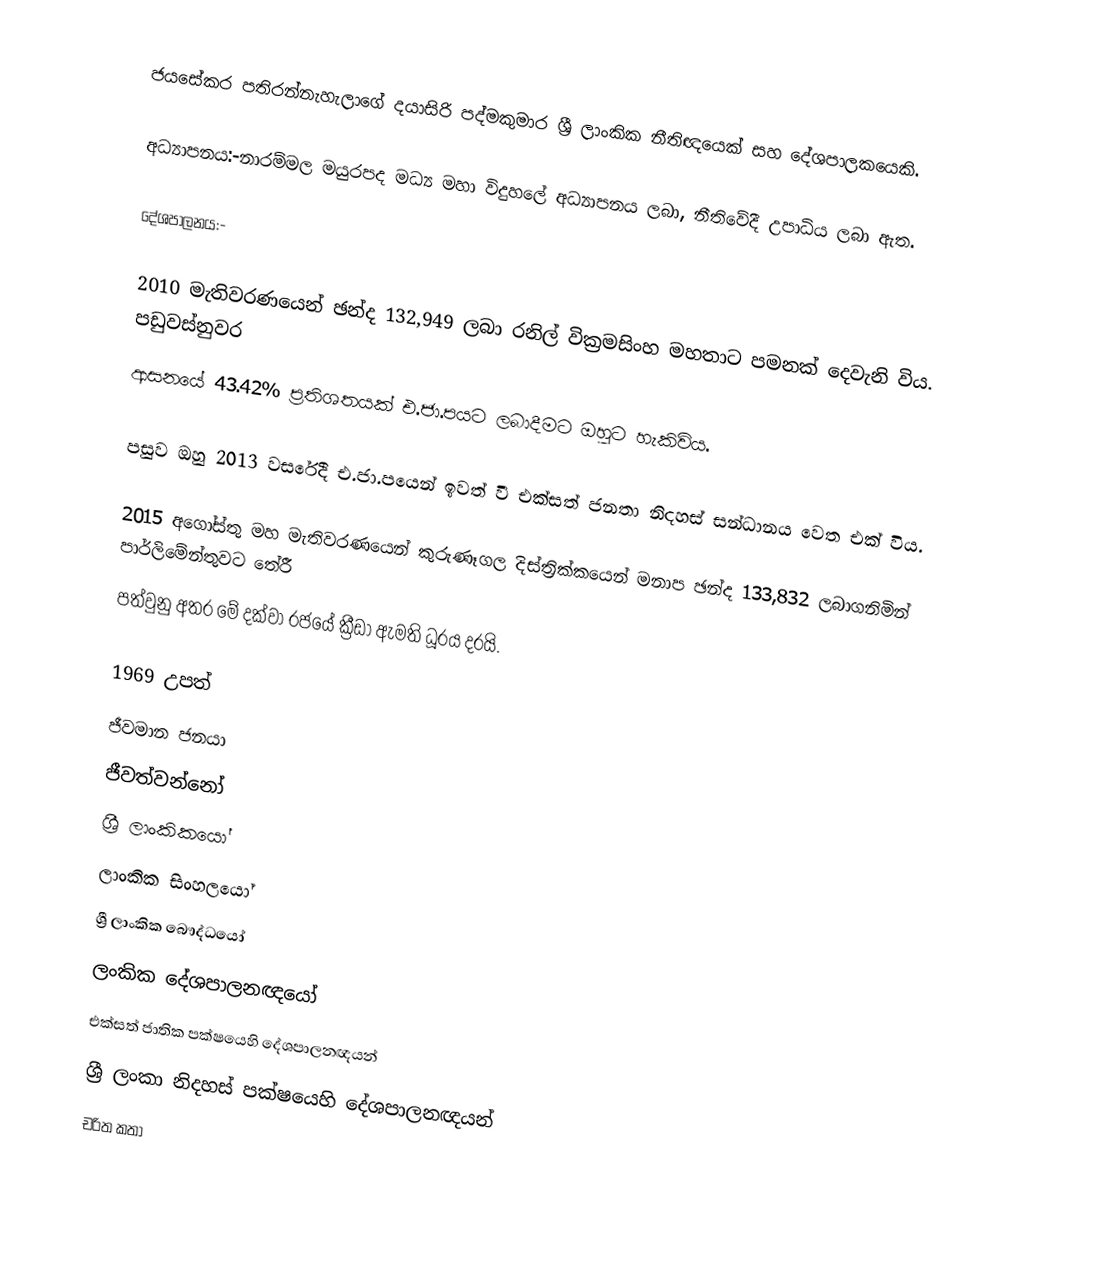
ජයසේකර පතිරන්නැහැලාගේ දයාසිරි පද්මකුමාර ශ්‍රී ලාංකික නීතිඥයෙක් සහ දේශපාලකයෙකි.

අධ්‍යාපනය:-නාරම්මල මයුරපද  මධ්‍ය මහා විදුහලේ අධ්‍යාපනය ලබා, නීතිවේදී උපාධිය ලබා ඇත.

දේශපාලනය:-

2010 මැතිවරණයෙන් ඡන්ද 132,949 ලබා රනිල් වික්‍රමසිංහ මහතාට පමනක් දෙවැනි විය. පඩුවස්නුවර
ආසනයේ 43.42% ප්‍රතිශතයක් එ.ජා.පයට ලබාදීමට ඔහුට හැකිවිය.

පසුව ඔහු 2013 වසරේදී එ.ජා.පයෙන් ඉවත් වී එක්සත් ජනතා නිදහස් සන්ධානය වෙත එක් විය.

2015 අගෝස්තු මහ මැතිවරණයෙන් කුරුණෑගල දිස්ත්‍රික්කයෙන් මනාප ඡන්ද 133,832 ලබාගනිමින් පාර්ලිමේන්තුවට තේරී
පත්වුනු අතර මේ දක්වා රජයේ ක්‍රීඩා ඇමති ධූරය දරයි.

1969 උපත්
ජීවමාන ජනයා
ජීවත්වන්නෝ
ශ්‍රී ලාංකිකයෝ
ලාංකික සිංහලයෝ
ශ්‍රී ලාංකික බෞද්ධයෝ
ලංකික දේශපාලනඥයෝ
එක්සත් ජාතික පක්ෂයෙහි දේශපාලනඥයන්
ශ්‍රී ලංකා නිදහස් පක්ෂයෙහි දේශපාලනඥයන්
චරිත කතා